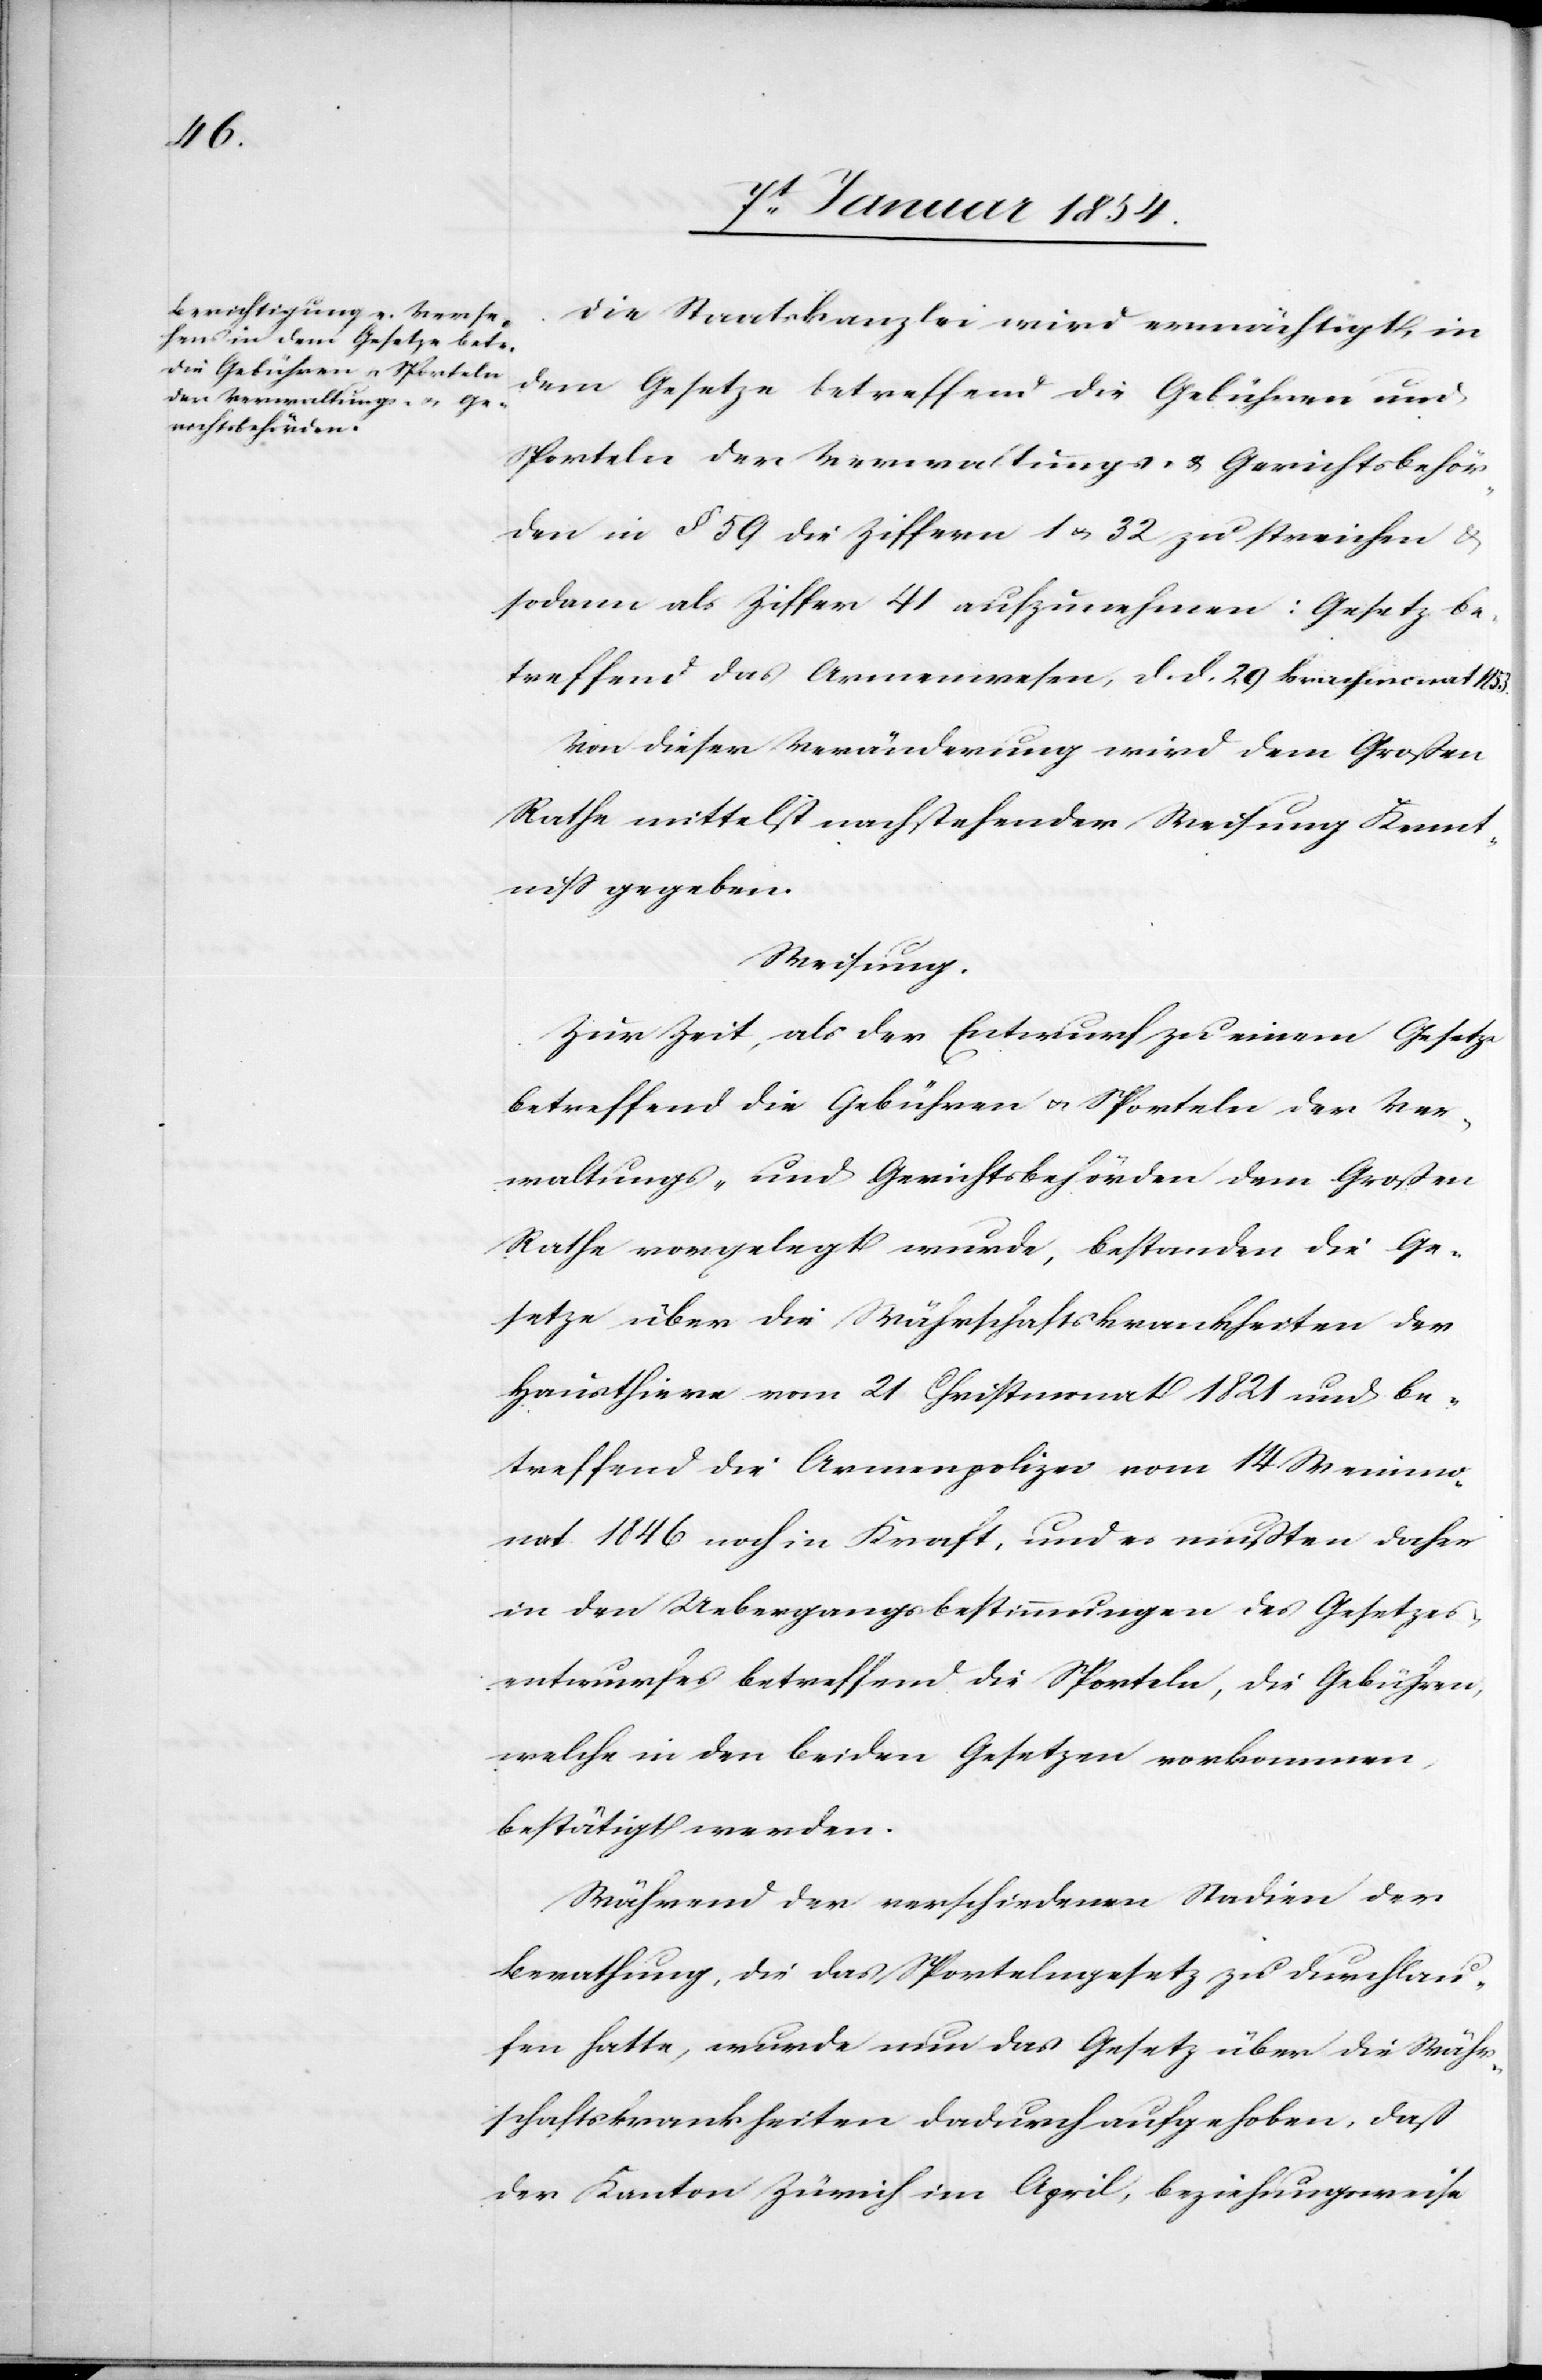
Die Staatskanzlei wird ermächtigt, in
dem Gesetze betreffend die Gebühren und
Sporteln der Verwaltungs- & Gerichtsbehör¬
den in § 59 die Ziffern 1 u. 32 zu streichen &
sodann als Ziffer 41 aufzunehmen: Gesetz be¬
treffend das Armenwesen, d. d. 29 Brachmonat 1853.
Von dieser Veränderung wird dem Großen
Rathe mittelst nachstehender Weisung Kennt¬
niß gegeben.
Weisung.
Zur Zeit, als der Entwurf zu einem Gesetze
betreffend die Gebühren u. Sporteln der Ver¬
waltungs- und Gerichtsbehörden dem Großen
Rathe vorgelegt wurde, bestanden die Ge¬
setze über die Währschaftskrankheiten der
Hausthiere vom 21 Christmonat 1821 und be¬
treffend die Armenpolizei vom 14 Weinmo¬
nat 1846 noch in Kraft, und es mußten daher
in den Uebergangsbestimmungen des Gesetzes¬
entwurfes betreffend die Sporteln, die Gebühren,
welche in den beiden Gesetzen vorkommen,
bestätigt werden.
Während der verschiedenen Stadien der
Berathung, die das Sportelngesetz zu durchlau¬
fen hatte, wurde nun das Gesetz über die Währ¬
schaftskrankheiten dadurch aufgehoben, daß
der Kanton Zürich im April, beziehungsweise